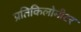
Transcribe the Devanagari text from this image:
प्रतिकिलोमीटर